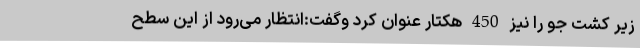
زیر کشت جو را نیز 450 هکتار عنوان کرد وگفت:انتظار می‌رود از این سطح